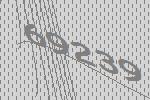
69239